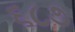
૬૮૭